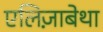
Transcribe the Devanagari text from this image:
एलिज़ाबेथा